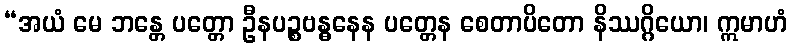
“အယံ မေ ဘန္တေ ပတ္တော ဦနပဉ္စဗန္ဓနေန ပတ္တေန စေတာပိတော နိဿဂ္ဂိယော၊ ဣမာဟံ